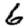
Digit: 6